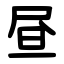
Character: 昼